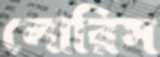
লোরিস